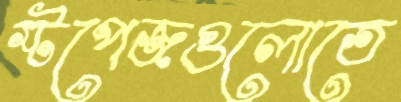
স্টপেজগুলোতে